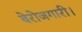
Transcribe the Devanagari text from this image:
बेरोजगारी।